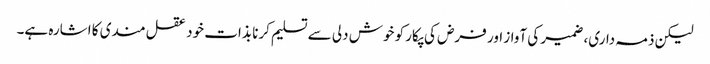
لیکن ذمہ داری، ضمیر کی آواز اور فرض کی پکار کو خوش دلی سے تسلیم کرنا بذات خود عقل مندی کا اشارہ ہے۔